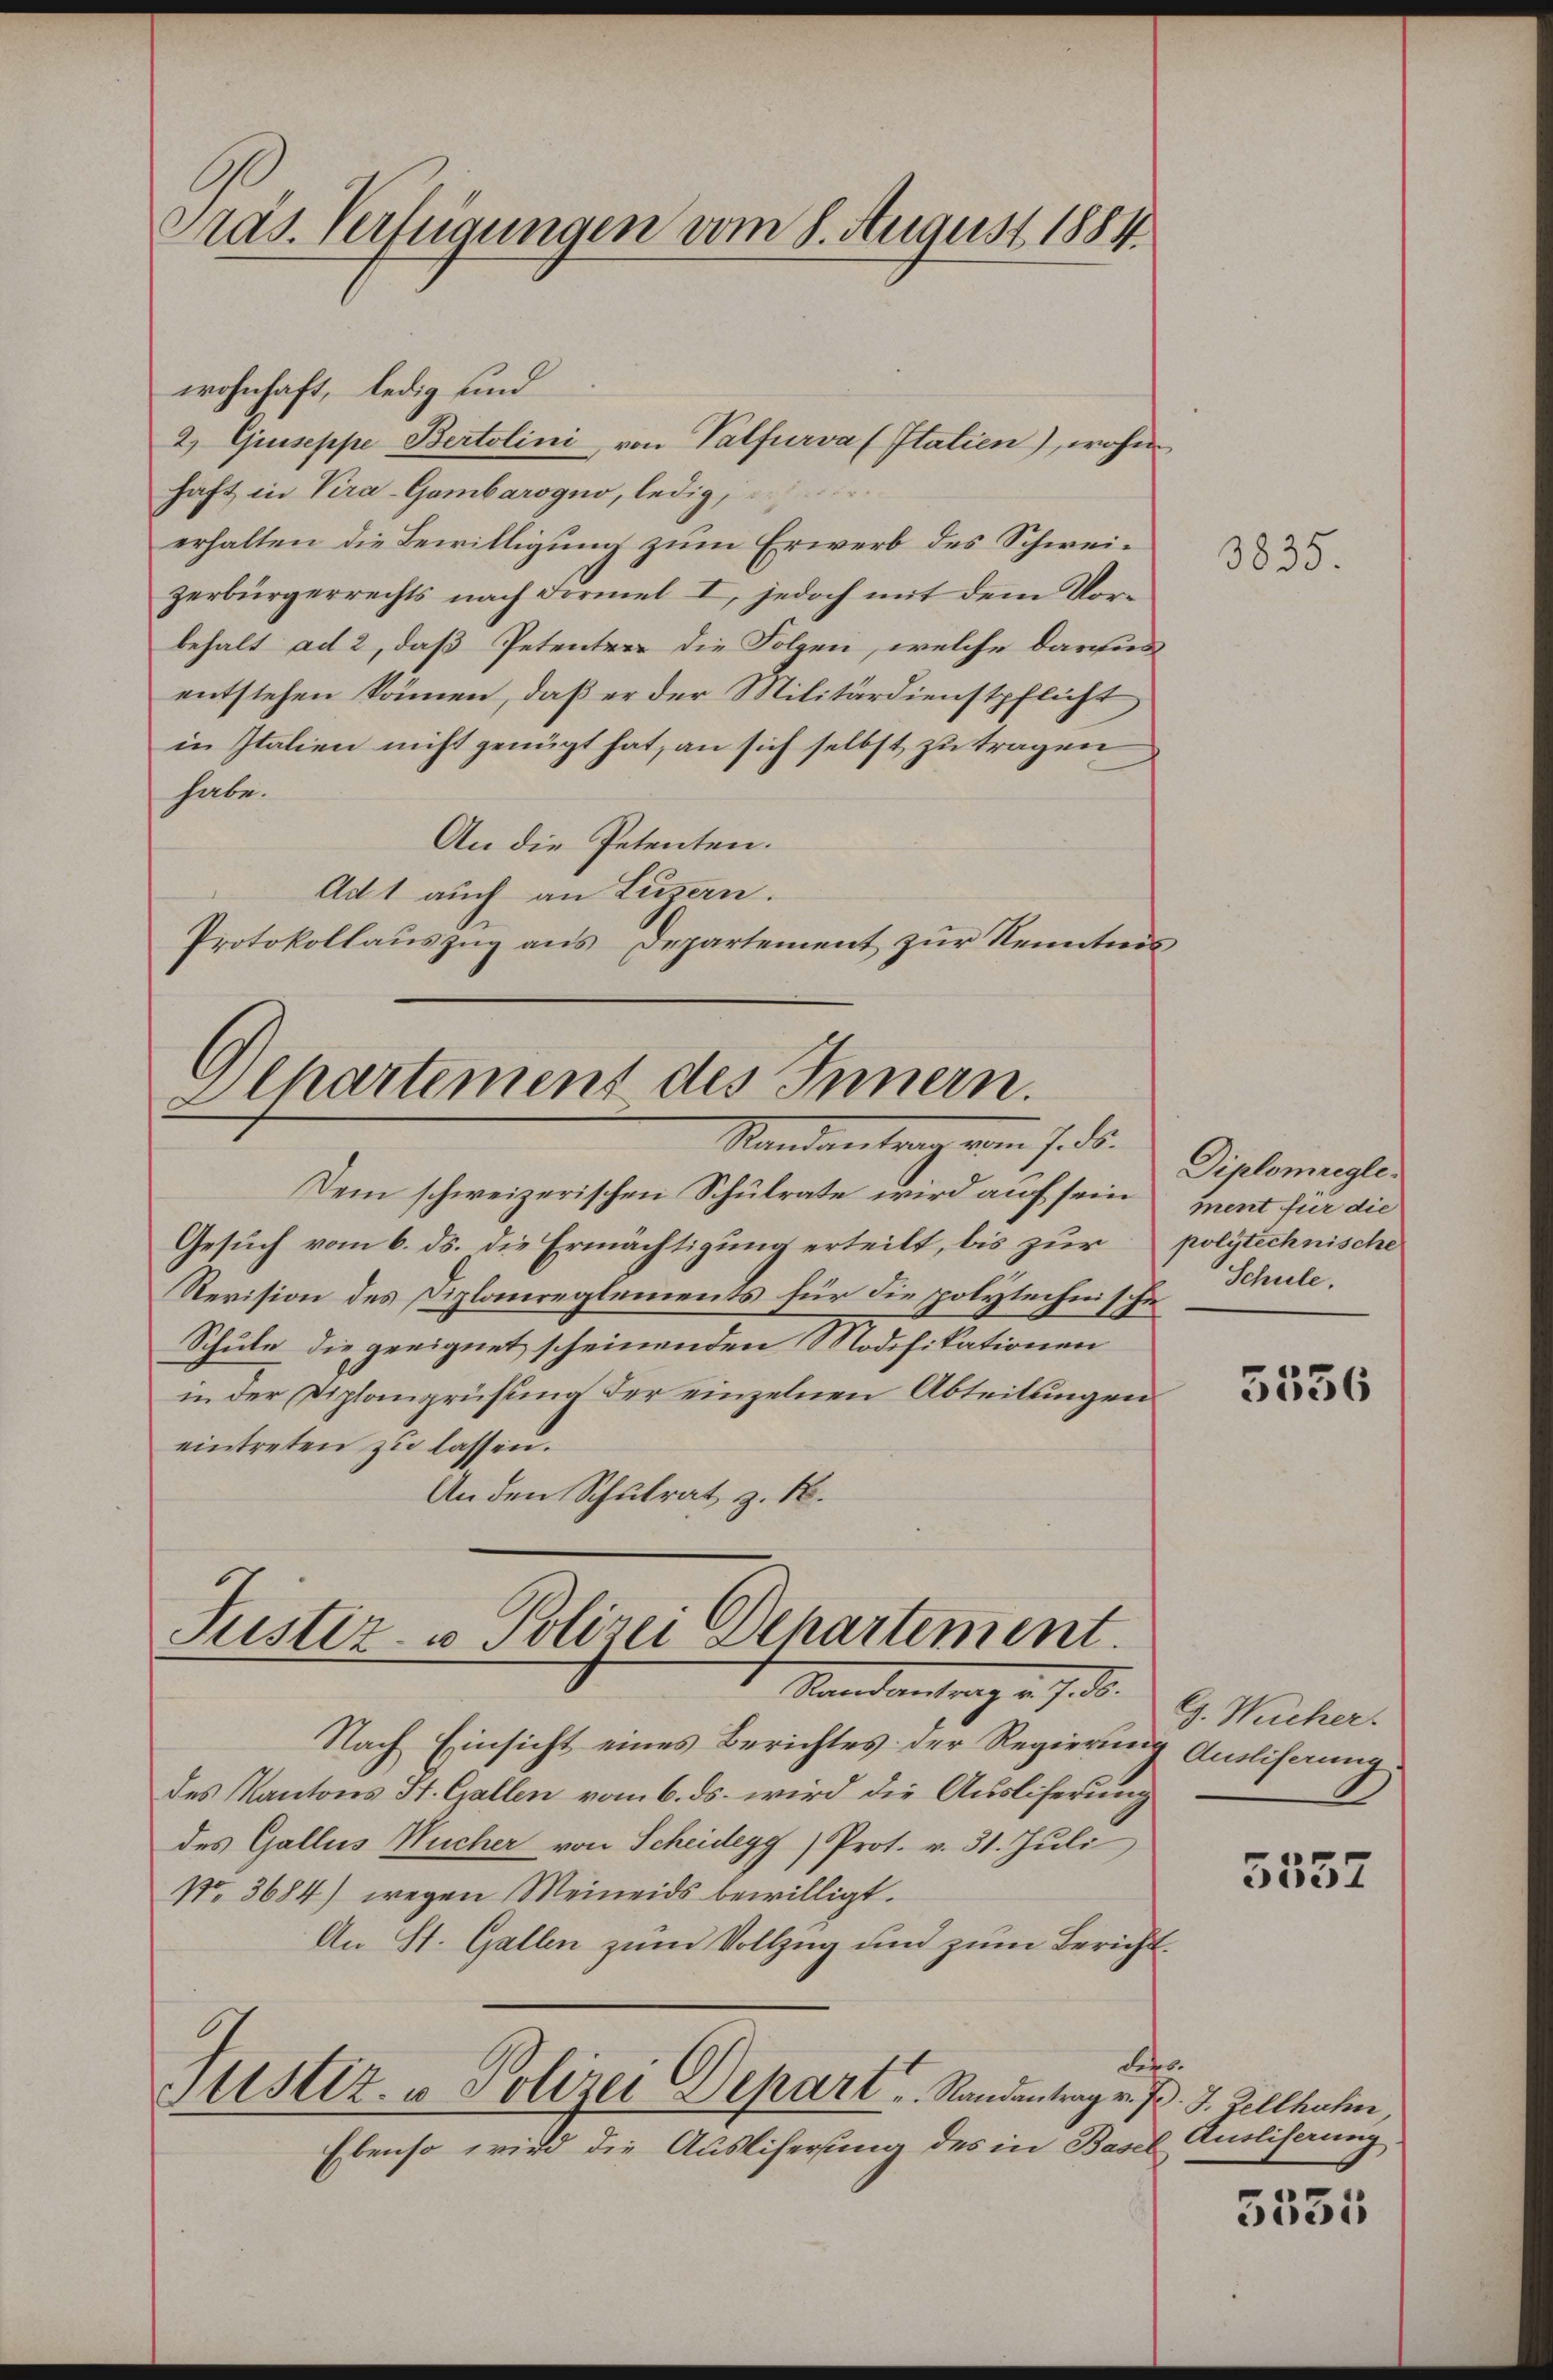
Pras. Verfügungen vom 8. August 1884

wohnhaft, ledig und
2) Giuseppe Bertolini, von Palfurva (Statien), wohin
haft in Kra-Gambarogno, ledig,
erhalten die Bewilligung zum Erwerb des Schweizerbürgerrechts nach Formel I, jedoch mit dem Vorbehalt ad 2, daß Petenter die Folgen, welche darchens
entstehen können, daß er der Militärdienstpflicht
in Italien nicht genügt hat, an sich selbst zu tragen
habe.
An die Petenten.
Ad 1 auch an Luzern.
Protokollauszug aus Departement zur Kenntnis

Alkartement des Innern.
Mandantrag von sind.

Dem schweizerischen Schulrate wird auf sein
Gesuch vom 6. ds. die Ermächtigung erteilt, bis zur
Revision des Diplomreglements für die polytechnische
Schule die geeignet scheinenden Modifikationen
in der Diplanprüfung der einzelnen Abteilungen
eintreten zu lassen.
An den Schulrat z. B.

Justiz- & Polizei Departement.
Randantrag er sei.

Nach Einsicht eines Berichtes der Regierung Anliferung
des Kantons St. Gallen vom 6. ds. wird die Ausliserung
des Galles Wucher von Scheidegg ) Prot. v. 31. Juli
No. 3684) wegen Meineids bewilligt.
An St. Gallen zum Vollzug und zum Berichtders.
Astiz- u Polizei Depart u. Randantrag v. J. J. Zellhahn
Ebenso wird die Auslifersung des in Basel

3835.

Diplomaegle
ment für die
polytechnische
Schule.

5536

G. Wucher.

5557

Ansliserung

1
de